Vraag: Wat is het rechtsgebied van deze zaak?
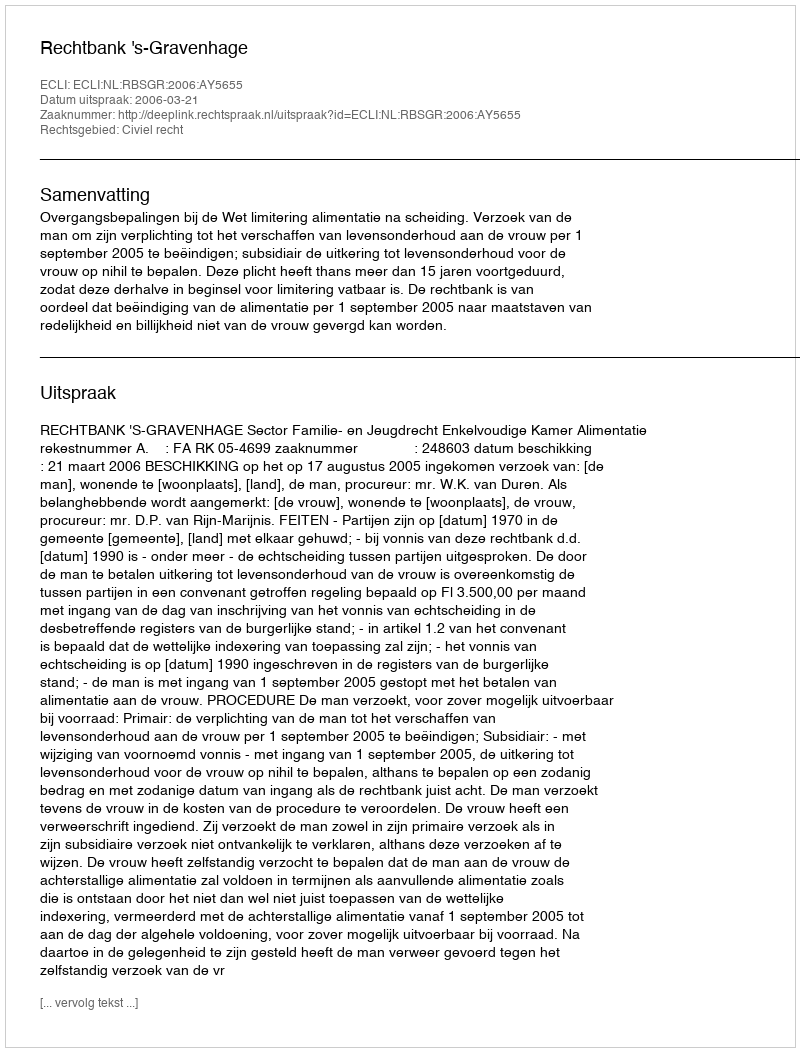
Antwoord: Civiel recht